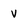
Character: V